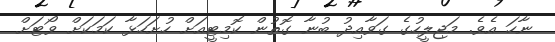
ނާހަ އެވެ. މަޖިލީހުގެ ގަވާއިދު ބުނާ ގޮތުން ކޮމިޓީއަށް ހުށަހަޅާ ކަމަކަށް ވޯޓަށް